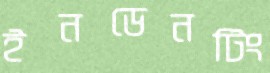
ইনডেনটিং